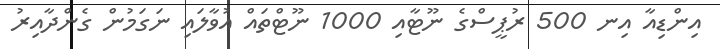
އިންޑިއާ އިނ 500 ރުޕީސްގެ ނޫޓާއި 1000 ނޫޓްތައް އުވާލައި ނަގަމުން ގެންދާއިރު